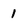
Character: 1